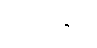
လမ်းဖွင့်